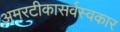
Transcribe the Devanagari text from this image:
अमरटीकासर्वस्वकार